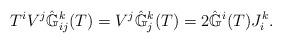
LaTeX: \begin{align*}T^iV^j\hat{\mathbb{G}}^{k}_{ij}(T)=V^j\hat{\mathbb{G}}^{k}_{j}(T)=2\hat{\mathbb{G}}^{i}(T)J^k_i.\end{align*}